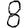
Digit: 8